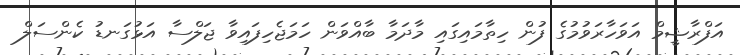
އަފްރާޝީމް އަވަހާރަވުމުގެ ފުން ހިތާމައިގައި މާދަމާ ބާއްވަން ހަމަޖެހިފައިވާ ޖަލްސާ އަޅުގަނޑު ކެންސަލް